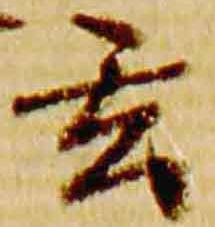
玄